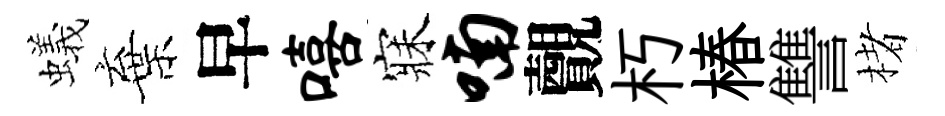
蟻棄早嘻寐喃覿朽椿讐楮